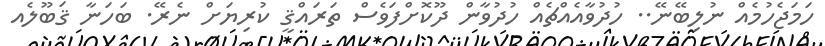
ހަމަޖެހުމެއް ނުލިބޭނޭ.. ހުދުވާއެއްޗެއް ހުދުވާން ދޫކޮށްފަވެސް ތަރައްޤީ ކުރިޔަށް ނެރޭ. ބަހަނާ ޤަބޫލެއ